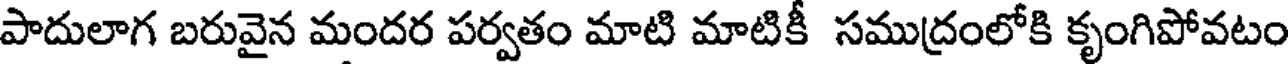
పాదులాగ బరువైన మందర పర్వతం మాటి మాటికీ సముద్రంలోకి కృంగిపోవటం